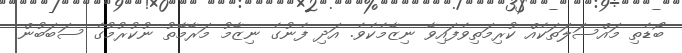
ބޯޑެތި މައްސަލަތަކެއް ކުރިމަތިވެފައިވާ ނިޒާމެކެވެ. އަދި ފެނުގެ ނިޒާމު މަރާމާތު ނުކުރުމުގެ ސަބަބުން